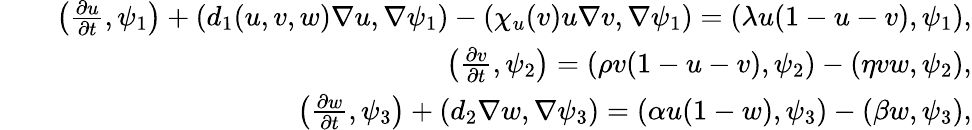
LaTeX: \begin{array}{rlr}&{}&{\left(\frac{\partial u}{\partial t},\psi_{1}\right)+(d_{1}(u,v,w)\nabla u,\nabla\psi_{1})-(\chi_{u}(v)u\nabla v,\nabla\psi_{1})=(\lambda u(1-u-v),\psi_{1}),}\\ &{}&{\left(\frac{\partial v}{\partial t},\psi_{2}\right)=(\rho v(1-u-v),\psi_{2})-(\eta vw,\psi_{2}),}\\ &{}&{\left(\frac{\partial w}{\partial t},\psi_{3}\right)+(d_{2}\nabla w,\nabla\psi_{3})=(\alpha u(1-w),\psi_{3})-(\beta w,\psi_{3}),}\end{array}